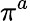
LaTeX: \pi^{a}